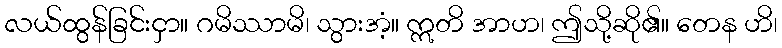
လယ်ထွန်ခြင်းငှာ။ ဂမိဿာမိ၊ သွားအံ့။ ဣတိ အာဟ၊ ဤသို့ဆို၏။ တေန ဟိ၊